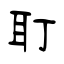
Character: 耵